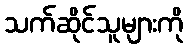
သက်ဆိုင်သူများကို